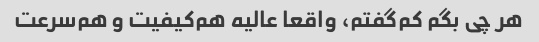
هر چی بگم کم‌گفتم، واقعا عالیه هم‌کیفیت و هم‌سرعت